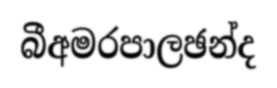
බීඅමරපාලඡන්ද